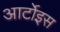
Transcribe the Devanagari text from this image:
आर्टोइस